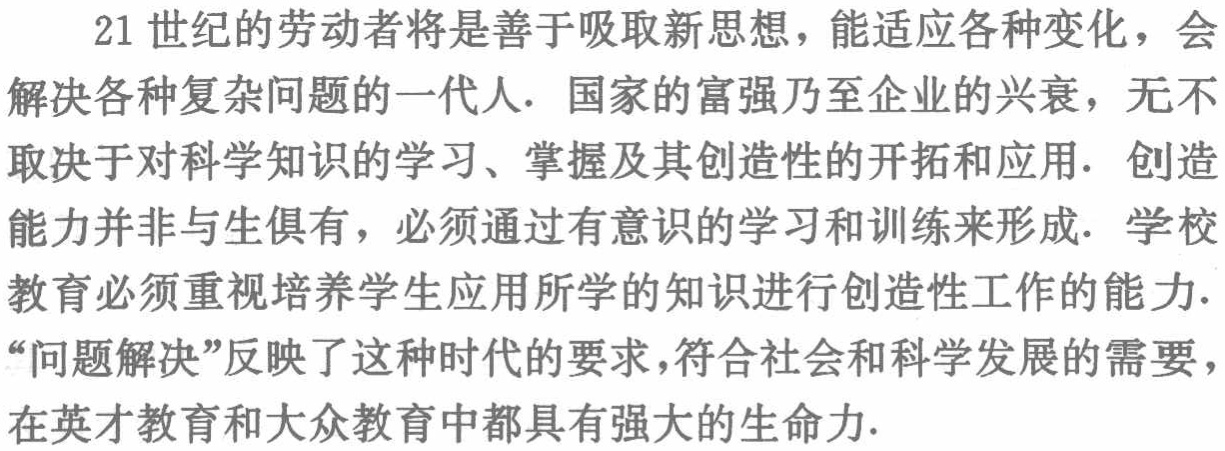
21世纪的劳动者将是善于吸取新思想，能适应各种变化，会
解决各种复杂问题的一代人. 国家的富强乃至企业的兴衰，无不
取决于对科学知识的学习、掌握及其创造性的开拓和应用. 创造
能力并非与生俱来，必须通过有意识的学习和训练来形成. 学校
教育必须重视培养学生应用所学的知识进行创造性工作的能力.
“问题解决”反映了这种时代的要求，符合社会和科学发展的需要，
在英才教育和大众教育中都具有强大的生命力.